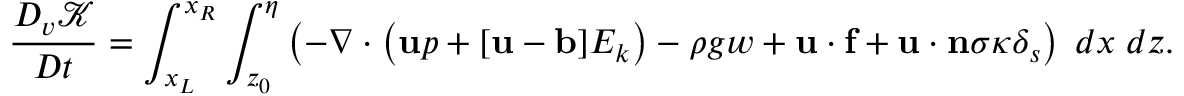
\frac { D _ { v } \mathcal { K } } { D t } = \int _ { x _ { L } } ^ { x _ { R } } \int _ { z _ { 0 } } ^ { \eta } \left( - \nabla \cdot \left( \mathbf { u } p + [ \mathbf { u - b } ] E _ { k } \right) - \rho g w + \mathbf { u \cdot f } + \mathbf { u \cdot n } \sigma \kappa \delta _ { s } \right) \; d x \; d z .